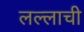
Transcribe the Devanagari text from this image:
लल्लाची